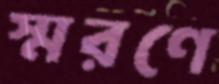
স্মরণে